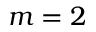
m = 2